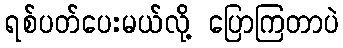
ရစ်ပတ်ပေးမယ်လို့ ပြောကြတာပဲ